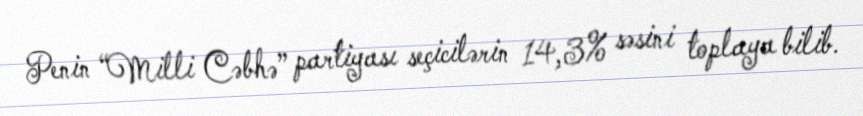
Penin “Milli Cəbhə” partiyası seçicilərin 14,3% səsini toplaya bilib.